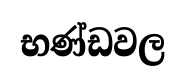
භණ්ඩවල